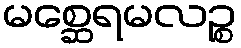
မစ္ဆေရမလဉ္စ